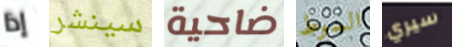
إذا سينشر ضاحية السوط سيري